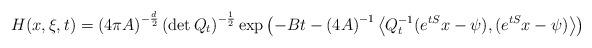
LaTeX: \begin{align*} H(x,\xi,t)=\left(4\pi A\right)^{-\frac{d}{2}}\left(\det Q_t\right)^{-\frac{1}{2}}\exp\left(-Bt-\left(4 A\right)^{-1}\left\langle Q_t^{-1}(e^{tS}x-\psi),(e^{tS}x-\psi)\right\rangle\right)\end{align*}